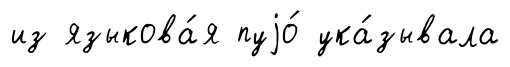
из языкова́я пуjо́ ука́зывала